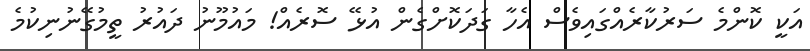
އަކީ ކޮންމެ ސަރުކާރެއްގައިވެސް އެހާ ގަދަކޮށްގެން އުޅޭ ސޮރެއް! މައުމޫނު ދައުރު ތީމުގޭނުނިކުމެ